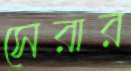
সেরার